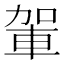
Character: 𮝋